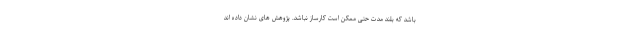
باشد که بلند مدت حتی ممکن است کارساز نباشد. پژوهش های نشان داده اند